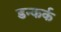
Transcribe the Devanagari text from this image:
डन्कर्क